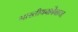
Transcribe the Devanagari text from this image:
भारतीयबल्लेबाज